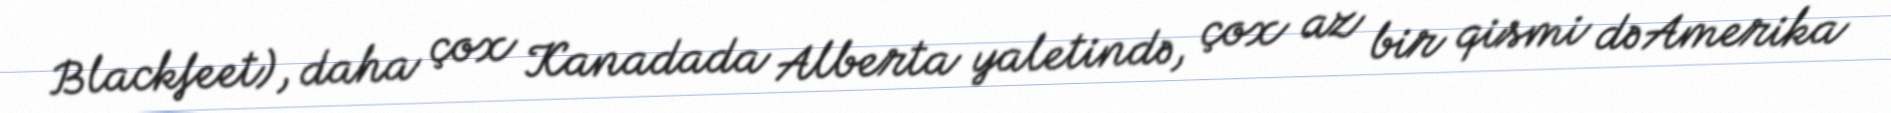
Blackfeet), daha çox Kanadada Alberta yaletində, çox az bir qismi də Amerika